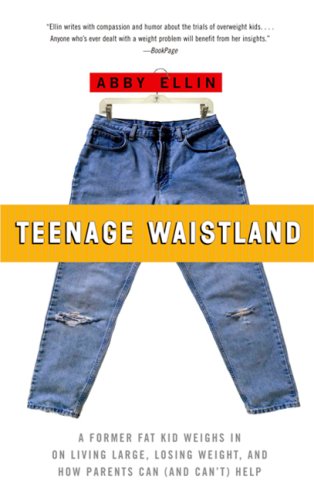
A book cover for Teenage Waistland: A Former Fat-Camper Weighs in on Living Large, Losing Weight, And How Parents Can (And Can't) Help; Abby Ellin; Health, Fitness & Dieting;